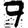
Digit: 7